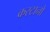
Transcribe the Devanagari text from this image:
कस्टानो